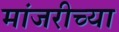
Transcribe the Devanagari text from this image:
मांजरीच्या